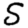
Digit: 5